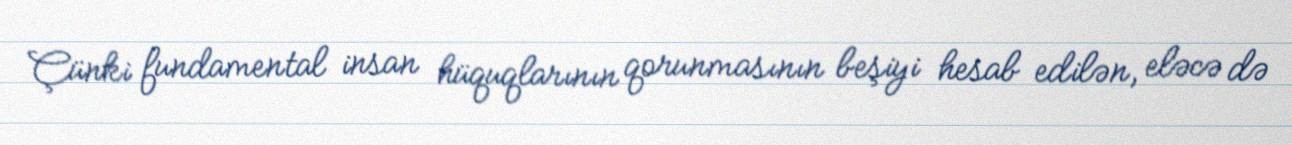
Çünki fundamental insan hüquqlarının qorunmasının beşiyi hesab edilən, eləcə də